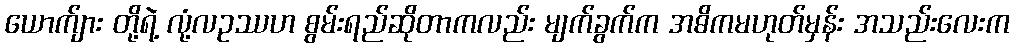
ယောက်ျား တို့ရဲ့ လုံ့လဥဿဟ စွမ်းရည်ဆိုတာကလည်း မျက်ခွက်က အဓိကမဟုတ်မှန်း အသည်းလေးက